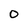
Character: 0